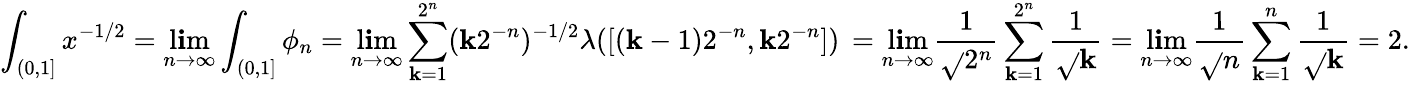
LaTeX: \int_{(0,1]}x^{-1/2}=\operatorname*{l\mathbf{i}m}_{n\to\infty}\int_{(0,1]}\phi_{n}=\operatorname*{l\mathbf{i}m}_{n\to\infty}\sum_{\mathbf{k}=1}^{2^{n}}(\mathbf{k}2^{-n})^{-1/2}\lambda([(\mathbf{k}-1)2^{-n},\mathbf{k}{2^{-n}}])\, =\operatorname*{l\mathbf{i}m}_{n\to\infty}\frac{1}{{\sqrt{}{{2^{n}}}}}\sum_{\mathbf{k}=1}^{2^{n}}\frac{1}{{\sqrt{}{{\mathbf{k}}}}}=\operatorname*{l\mathbf{i}m}_{n\to\infty}\frac{1}{{\sqrt{}{{n}}}}\sum_{\mathbf{k}=1}^{n}\frac{1}{{\sqrt{}{{\mathbf{k}}}}}=2.